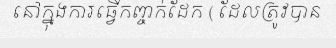
នៅក្នុងការធ្វើកញ្ចក់ដែក ( ដែលត្រូវបាន